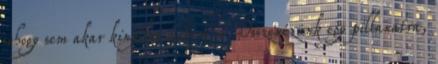
sehogy sem akar kinyílni nekem se. Összenézünk egy pillanatra,